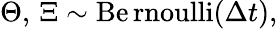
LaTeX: \Theta,\, \Xi\sim\operatorname{B\mathrm{e}rnoulli}(\Delta{t}),